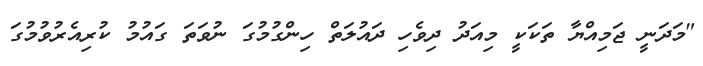
"މަދަނީ ޖަމިއްޔާ ތަކަކީ މިއަދު ދިވެހި ދައުލަތް ހިންގުމުގަ ނުވަތަ ގައުމު ކުރިއެރުވުމުގަ